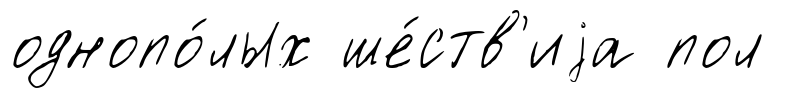
однопо́лых ше́ств'иjа пол